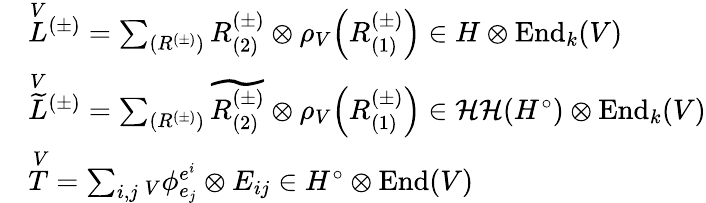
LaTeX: \begin{array}{rl}&{\overset{V}{L}{^{(\pm)}}=\sum_{(R^{(\pm)})}R_{(2)}^{(\pm)}\otimes\rho_{V}\! \left(R_{(1)}^{(\pm)}\right)\in H\otimes\mathrm{End}_{k}(V)}\\ &{\overset{V}{\widetilde{L}}{^{(\pm)}}=\sum_{(R^{(\pm)})}\widetilde{R_{(2)}^{(\pm)}}\otimes\rho_{V}\! \left(R_{(1)}^{(\pm)}\right)\in\mathcal{HH}(H^{\circ})\otimes\mathrm{End}_{k}(V)}\\ &{\overset{V}{T}=\sum_{i,j}{_V\phi_{e_{j}}^{e^{i}}}\otimes E_{ij}\in H^{\circ}\otimes\mathrm{End}(V)}\end{array}